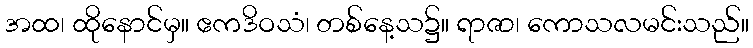
အထ၊ ထိုနောင်မှ။ ဧကဒိဝသံ၊ တစ်နေ့သ၌။ ရာဇာ၊ ကောသလမင်းသည်။